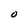
Character: O